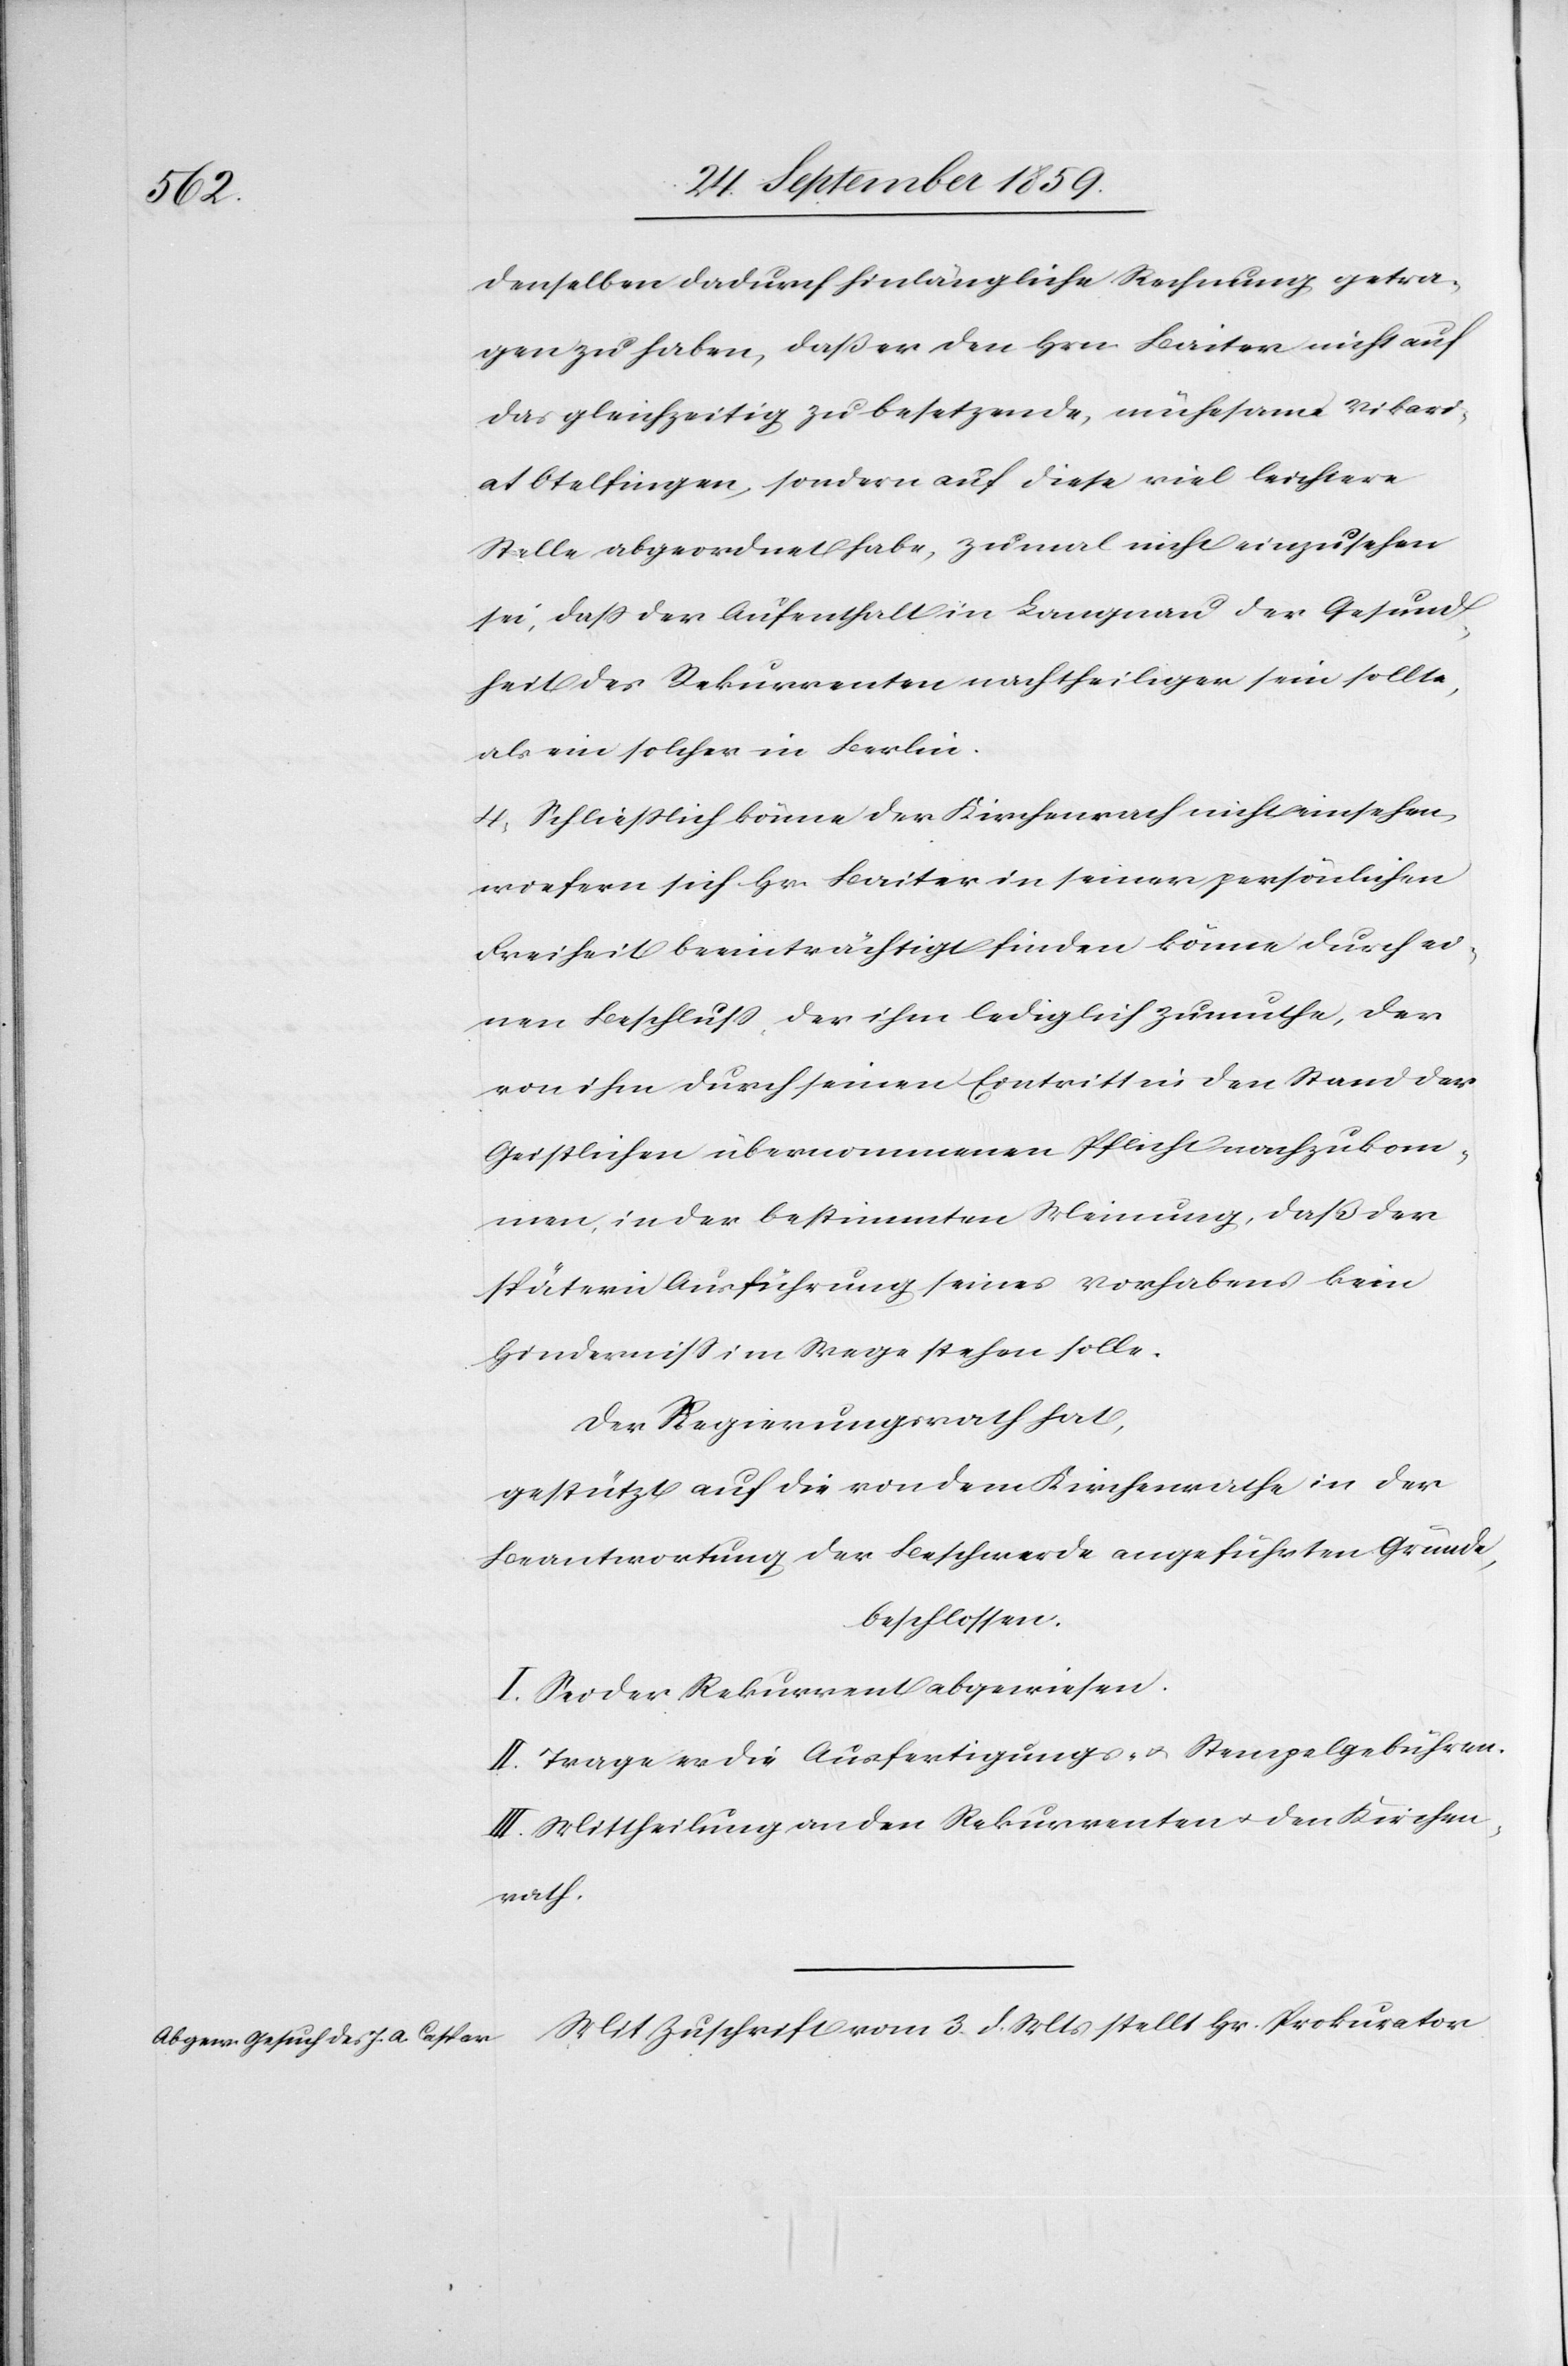
denselben dadurch hinlängliche Rechnung getra¬
gen zu haben, daß er den Hrn. Baiter nicht auf
das gleichzeitig zu besetzende, mühesame Vikari¬
at Otelfingen, sondern auf diese viel leichtere
Stelle abgeordnet habe, zumal nicht einzusehen
sei, daß der Aufenthalt in Langnau der Gesund¬
heit des Rekurrenten nachtheiliger sein sollte,
als ein solcher in Berlin.
4. Schließlich könne der Kirchenrath nicht einsehen,
wiefern sich Hr. Baiter in seiner persönlichen
Freiheit beeinträchtigt finden könne durch ei¬
nen Beschluß der ihm lediglich zumuthe, der
von ihm durch seinen Eintritt in den Stand der
Geistlichen übernommenen Pflicht nachzukom¬
men, in der bestimmten Meinung, daß der
spätern Ausführung seines Vorhabens kein
Hinderniß im Wege stehen solle.
Der Regierungsrath hat,
gestützt auf die von dem Kirchenrathe in der
Beantwortung der Beschwerde angeführten Gründe,
beschlossen.
I. Sei der Rekurrent abgewiesen.
II. Trage er die Ausfertigungs- & Stempelgebühren.
III. Mittheilung an den Rekurrenten u den Kirchen¬
rath.
Mit Zuschrift vom 3. d. Mts. stellt Hr. Prokurator